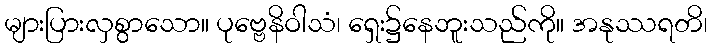
များပြားလှစွာသော။ ပုဗ္ဗေနိဝါသံ၊ ရှေး၌နေဘူးသည်ကို။ အနုဿရတိ၊